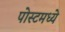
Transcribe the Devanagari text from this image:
पोस्टमध्ये